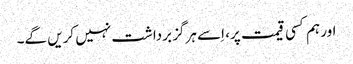
اور ہم کسی قیمت پر، اِسے ہرگز برداشت نہیں کریں گے۔